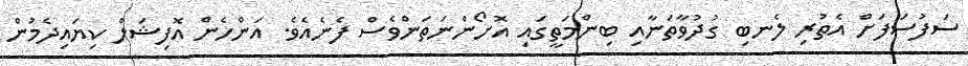
ސަފުސަފަށް އެތުރި ލެނބި ގުދުވާތަނާއި ބިންމަތީގައި އޮށޯންނަތަންވެސް ފެނެއެވެ. އަންހެން އޮފިޝަލް ކިޔައިދެމުން